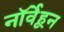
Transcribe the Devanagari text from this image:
नॉर्वेहून